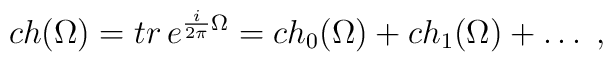
ch(\Omega)=tr\,e^{\frac{i}{2\pi}\Omega}=ch_{0}(\Omega)+ch_{1}(\Omega)+\ldots\; ,